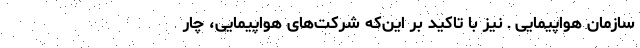
سازمان هواپیمایی ـ نیز با تاکید بر این‌که شرکت‌های هواپیمایی، چار